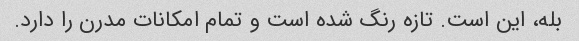
بله، این است. تازه رنگ شده است و تمام امکانات مدرن را دارد.